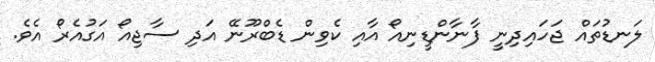
ލަނޑުތައް ޖަހައިދިނީ ފާނާންޑީނިއޯ އާއި ކެވިން ޑެބްރޫނޭ އަދި ސާޖިއޯ އަގުއެރޯ އެވެ.